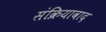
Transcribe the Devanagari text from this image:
संक्रियावाद